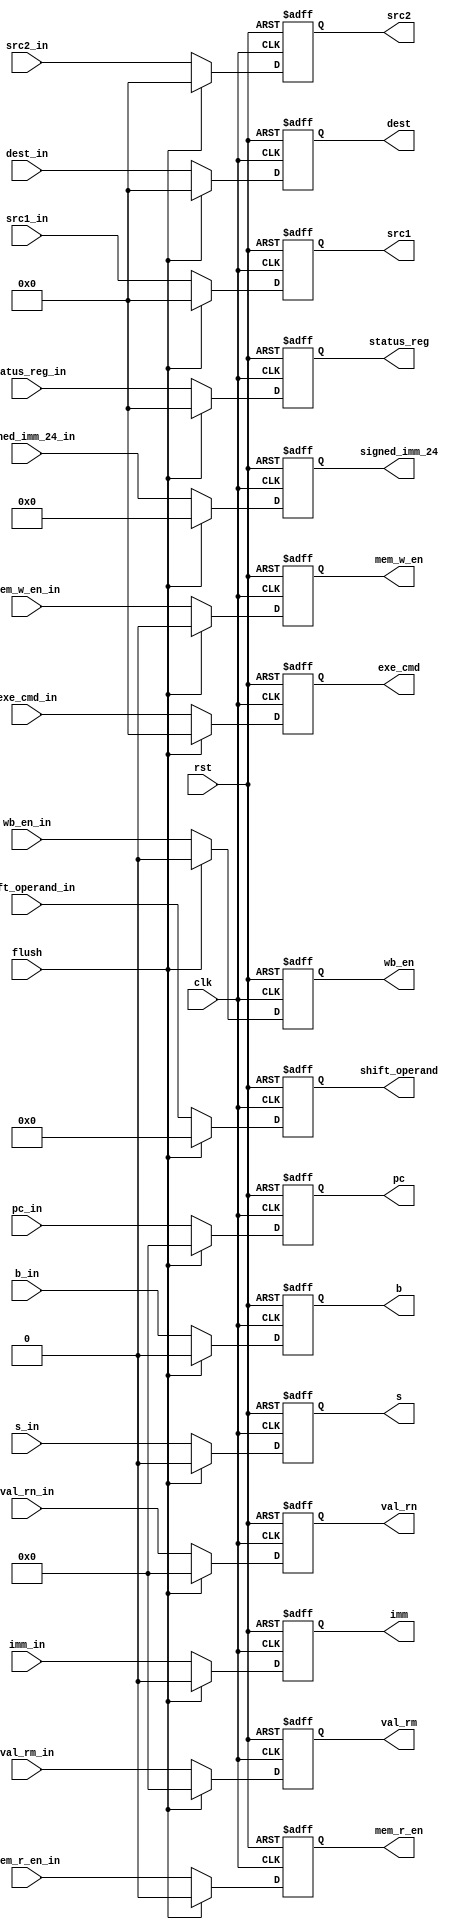
module ID_Stage_Reg (
    clk, rst, flush,
    imm_in, mem_r_en_in, mem_w_en_in, wb_en_in, b_in, s_in,
    exe_cmd_in,
    dest_in, status_reg_in,
    src1_in, src2_in,
    shift_operand_in,
    signed_imm_24_in,
    pc_in, val_rn_in, val_rm_in,
    imm, mem_r_en, mem_w_en, wb_en, b, s,
    exe_cmd,
    dest, status_reg,
    src1, src2,
    shift_operand,
    signed_imm_24,
    pc, val_rn, val_rm
);
    input clk, rst, flush;
    input imm_in, mem_r_en_in, mem_w_en_in, wb_en_in, b_in, s_in;
    input [3:0] exe_cmd_in;
    input [3:0] dest_in, status_reg_in;
    input [3:0] src1_in, src2_in;
    input [11:0] shift_operand_in;
    input [23:0] signed_imm_24_in;
    input [31:0] pc_in, val_rn_in, val_rm_in;
    output reg imm, mem_r_en, mem_w_en, wb_en, b, s;
    output reg [3:0] exe_cmd;
    output reg [3:0] dest, status_reg;
    output reg [3:0] src1, src2;
    output reg [11:0] shift_operand;
    output reg [23:0] signed_imm_24;
    output reg [31:0] pc, val_rn, val_rm;

    always @(posedge clk, posedge rst) begin
        if (rst == 1'b1) begin
            imm <= 1'b0;
            mem_r_en <= 1'b0;
            mem_w_en <= 1'b0;
            wb_en <= 1'b0;
            b <= 1'b0;
            s <= 1'b0;
            exe_cmd <= 4'b0;
            dest <= 4'b0;
            src1 <= 4'b0;
            src2 <= 4'b0;
            status_reg <= 4'b0;
            shift_operand <= 12'b0;
            signed_imm_24 <= 24'b0;
            pc <= 32'b0;
            val_rn <= 32'b0;
            val_rm <= 32'b0;
        end
        else if (flush == 1'b1) begin
            imm <= 1'b0;
            mem_r_en <= 1'b0;
            mem_w_en <= 1'b0;
            wb_en <= 1'b0;
            b <= 1'b0;
            s <= 1'b0;
            exe_cmd <= 4'b0;
            dest <= 4'b0;
            src1 <= 4'b0;
            src2 <= 4'b0;
            status_reg <= 4'b0;
            shift_operand <= 12'b0;
            signed_imm_24 <= 24'b0;
            pc <= 32'b0;
            val_rn <= 32'b0;
            val_rm <= 32'b0;
        end
        else begin
            imm <= imm_in;
            mem_r_en <= mem_r_en_in;
            mem_w_en <= mem_w_en_in;
            wb_en <= wb_en_in;
            b <= b_in;
            s <= s_in;
            exe_cmd <= exe_cmd_in;
            dest <= dest_in;
            src1 <= src1_in;
            src2 <= src2_in;
            status_reg <= status_reg_in;
            shift_operand <= shift_operand_in;
            signed_imm_24 <= signed_imm_24_in;
            pc <= pc_in;
            val_rn <= val_rn_in;
            val_rm <= val_rm_in;
        end
    end
    
endmodule